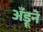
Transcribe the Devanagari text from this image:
अँड्रूने